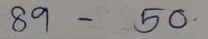
89 - 50